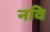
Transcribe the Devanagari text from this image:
नवि